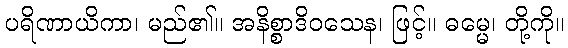
ပရိဏာယိကာ၊ မည်၏။ အနိစ္စာဒိဝသေန၊ ဖြင့်။ ဓမ္မေ၊ တို့ကို။